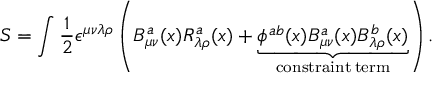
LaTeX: S = \int \frac { 1 } { 2 } \epsilon ^ { \mu \nu \lambda \rho } \left( B _ { \mu \nu } ^ { a } ( x ) R _ { \lambda \rho } ^ { a } ( x ) + \underbrace { \phi ^ { a b } ( x ) B _ { \mu \nu } ^ { a } ( x ) B _ { \lambda \rho } ^ { b } ( x ) } _ { \mathrm { c o n s t r a i n t \: t e r m } } \right) .